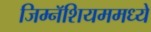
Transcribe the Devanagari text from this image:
जिम्नॅशियममध्ये